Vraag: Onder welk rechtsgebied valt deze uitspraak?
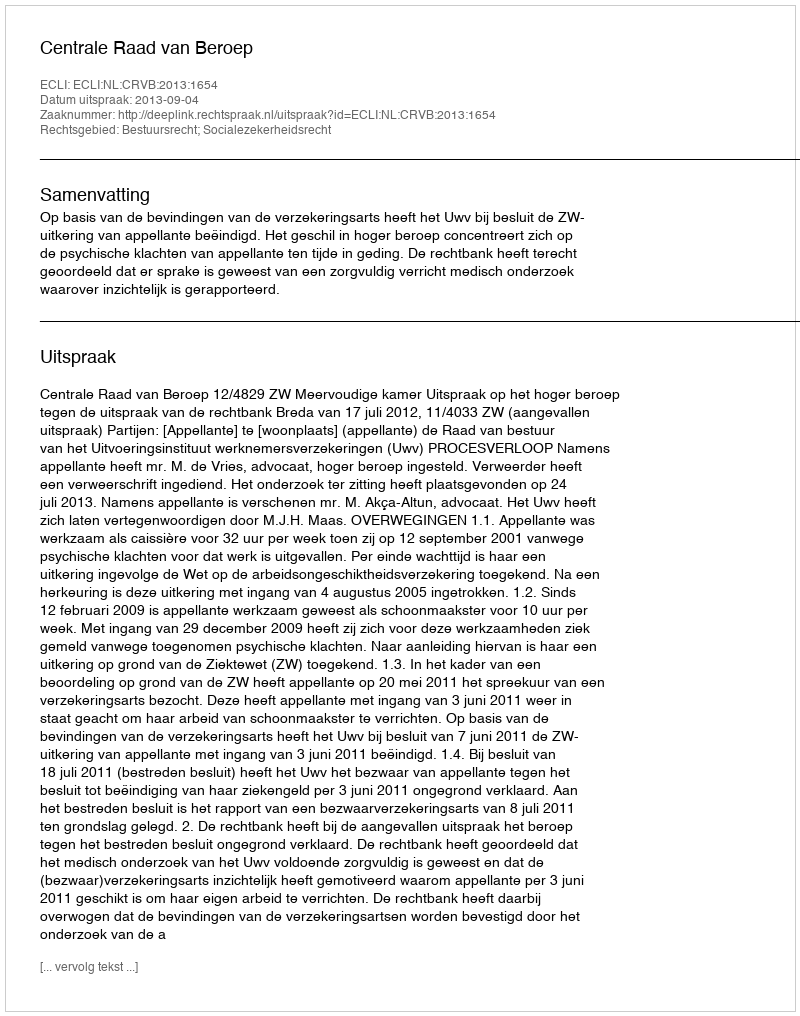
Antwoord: Bestuursrecht; Socialezekerheidsrecht